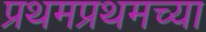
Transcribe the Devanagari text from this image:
प्रथमप्रथमच्या